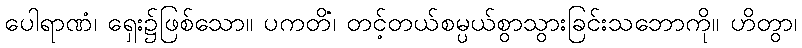
ပေါရာဏံ၊ ရှေး၌ဖြစ်သော။ ပကတိံ၊ တင့်တယ်စမ္ပယ်စွာသွားခြင်းသဘောကို။ ဟိတွာ၊